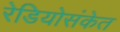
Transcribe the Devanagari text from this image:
रेडियोसंकेत